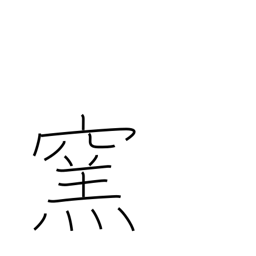
Meaning: furnace